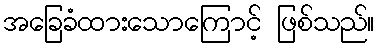
အခြေခံထားသောကြောင့် ဖြစ်သည်။